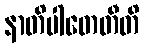
နာတိပါတေတီတိ